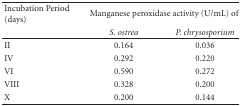
| Incubation Period (days) | <COLSPAN=2> Manganese peroxidase activity (U/mL) of |
 |  | S. ostrea | P. chrysosporium |
 | --- | --- | --- |
 | II | 0.164 | 0.036 |
 | IV | 0.292 | 0.220 |
 | VI | 0.590 | 0.272 |
 | VIII | 0.328 | 0.200 |
 | X | 0.200 | 0.144 |